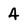
Character: 4